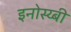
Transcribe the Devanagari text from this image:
इनोस्य्बी